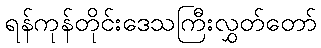
ရန်ကုန်တိုင်းဒေသကြီးလွှတ်တော်